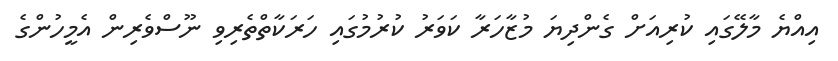
އިއްޔެ މާލޭގައި ކުރިއަށް ގެންދިޔަ މުޒާހަރާ ކަވަރު ކުރުމުގައި ހަރަކާތްތެރިވި ނޫސްވެރިން އެމީހުންގެ